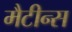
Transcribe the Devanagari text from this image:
मैटीन्स